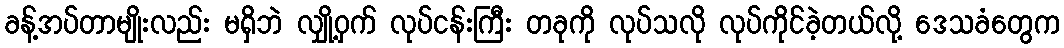
ခန့်အပ်တာမျိုးလည်း မရှိဘဲ လျှို့ဝှက် လုပ်ငန်းကြီး တခုကို လုပ်သလို လုပ်ကိုင်ခဲ့တယ်လို့ ဒေသခံတွေက